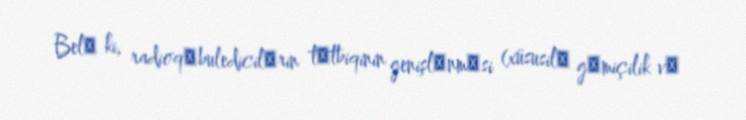
Belә ki, radioqәbuledicilәrin tәtbiqinin genişlәnmәsi (xüsusilә gәmiçilik vә